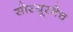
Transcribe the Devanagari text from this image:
सोस्यूरनेच